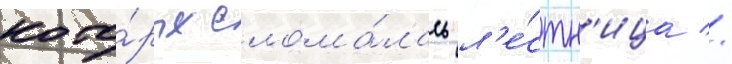
кото́рых слома́лась л'е́стн'ица //